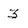
Character: 3